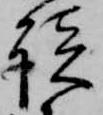
談